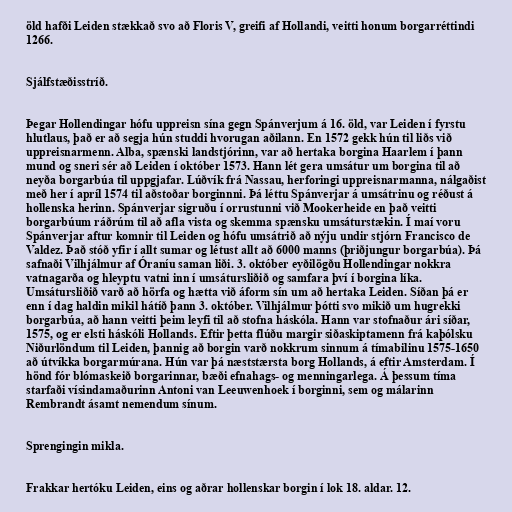
öld hafði Leiden stækkað svo að Floris V, greifi af Hollandi, veitti honum borgarréttindi
1266.

Sjálfstæðisstríð.

Þegar Hollendingar hófu uppreisn sína gegn Spánverjum á 16. öld, var Leiden í fyrstu
hlutlaus, það er að segja hún studdi hvorugan aðilann. En 1572 gekk hún til liðs við
uppreisnarmenn. Alba, spænski landstjórinn, var að hertaka borgina Haarlem í þann
mund og sneri sér að Leiden í október 1573. Hann lét gera umsátur um borgina til að
neyða borgarbúa til uppgjafar. Lúðvík frá Nassau, herforingi uppreisnarmanna, nálgaðist
með her í apríl 1574 til aðstoðar borginnni. Þá léttu Spánverjar á umsátrinu og réðust á
hollenska herinn. Spánverjar sigruðu í orrustunni við Mookerheide en það veitti
borgarbúum ráðrúm til að afla vista og skemma spænsku umsáturstækin. Í maí voru
Spánverjar aftur komnir til Leiden og hófu umsátrið að nýju undir stjórn Francisco de
Valdez. Það stóð yfir í allt sumar og létust allt að 6000 manns (þriðjungur borgarbúa). Þá
safnaði Vilhjálmur af Óraníu saman liði. 3. október eyðilögðu Hollendingar nokkra
vatnagarða og hleyptu vatni inn í umsátursliðið og samfara því í borgina líka.
Umsátursliðið varð að hörfa og hætta við áform sín um að hertaka Leiden. Síðan þá er
enn í dag haldin mikil hátíð þann 3. október. Vilhjálmur þótti svo mikið um hugrekki
borgarbúa, að hann veitti þeim leyfi til að stofna háskóla. Hann var stofnaður ári síðar,
1575, og er elsti háskóli Hollands. Eftir þetta flúðu margir siðaskiptamenn frá kaþólsku
Niðurlöndum til Leiden, þannig að borgin varð nokkrum sinnum á tímabilinu 1575-1650
að útvíkka borgarmúrana. Hún var þá næststærsta borg Hollands, á eftir Amsterdam. Í
hönd fór blómaskeið borgarinnar, bæði efnahags- og menningarlega. Á þessum tíma
starfaði vísindamaðurinn Antoni van Leeuwenhoek í borginni, sem og málarinn
Rembrandt ásamt nemendum sínum.

Sprengingin mikla.

Frakkar hertóku Leiden, eins og aðrar hollenskar borgin í lok 18. aldar. 12.